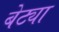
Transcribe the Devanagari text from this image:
बेट्या